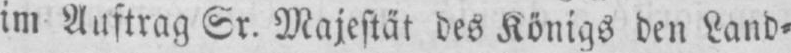
im Auftrag Sr. Majestät des Königs den Land⸗